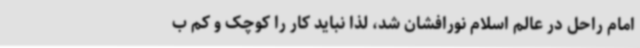
امام راحل در عالم اسلام نورافشان شد، لذا نباید کار را کوچک و کم ب